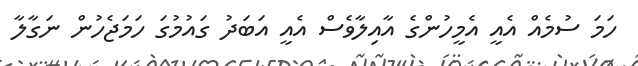
ހަމަ ސުމެއް އެއީ އެމީހުންގެ އާއިލާވެސް އެއީ އަބަދު ގައުމުގަ ހަމަޖެހުން ނަގާލާ